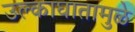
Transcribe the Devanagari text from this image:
उल्काघातामुळे